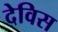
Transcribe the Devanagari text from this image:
देविस